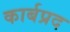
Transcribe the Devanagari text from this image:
कार्बप्रद